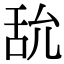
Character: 𦧊